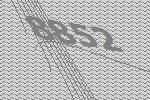
8852